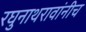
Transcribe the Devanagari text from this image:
रघुनाथरावांनीच